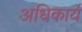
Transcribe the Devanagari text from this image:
अधिकार्य